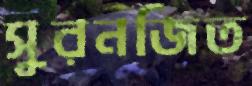
সুরনজিত